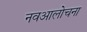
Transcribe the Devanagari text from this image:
नवआलोचना